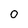
Character: 0